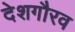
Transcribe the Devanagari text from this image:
देशगौरव